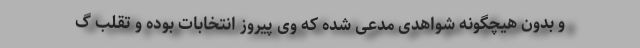
و بدون هیچگونه شواهدی مدعی شده که وی پیروز انتخابات بوده و تقلب گ